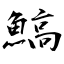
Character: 鰝